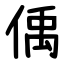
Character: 偊